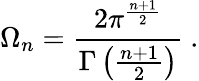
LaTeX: \Omega_{n}=\frac{2\pi^{\frac{n+1}{2}}}{\Gamma\left(\frac{n+1}{2}\right)}\ .